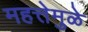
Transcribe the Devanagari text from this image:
महत्तेमुळे